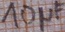
Text: 10µF